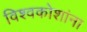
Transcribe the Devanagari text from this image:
विश्वकोशांना